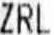
ZRL